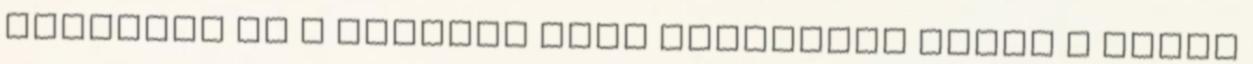
egészség és a testtel való megfelelő bánás a belső